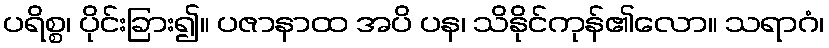
ပရိစ္စ၊ ပိုင်းခြား၍။ ပဇာနာထ အပိ ပန၊ သိနိုင်ကုန်၏လော။ သရာဂံ၊